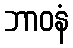
ဘာဝနံ